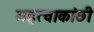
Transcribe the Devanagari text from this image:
महत्वाकांछी